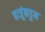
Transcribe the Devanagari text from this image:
बाजुंकडुन